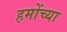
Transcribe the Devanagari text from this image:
हमोंच्या